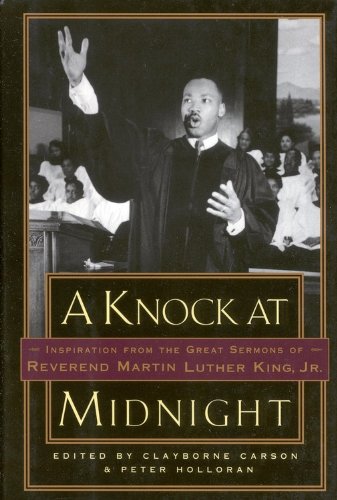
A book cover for A Knock at Midnight: Inspiration from the Great Sermons of Reverend Martin Luther King, Jr.; Clayborne Carson; Christian Books & Bibles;